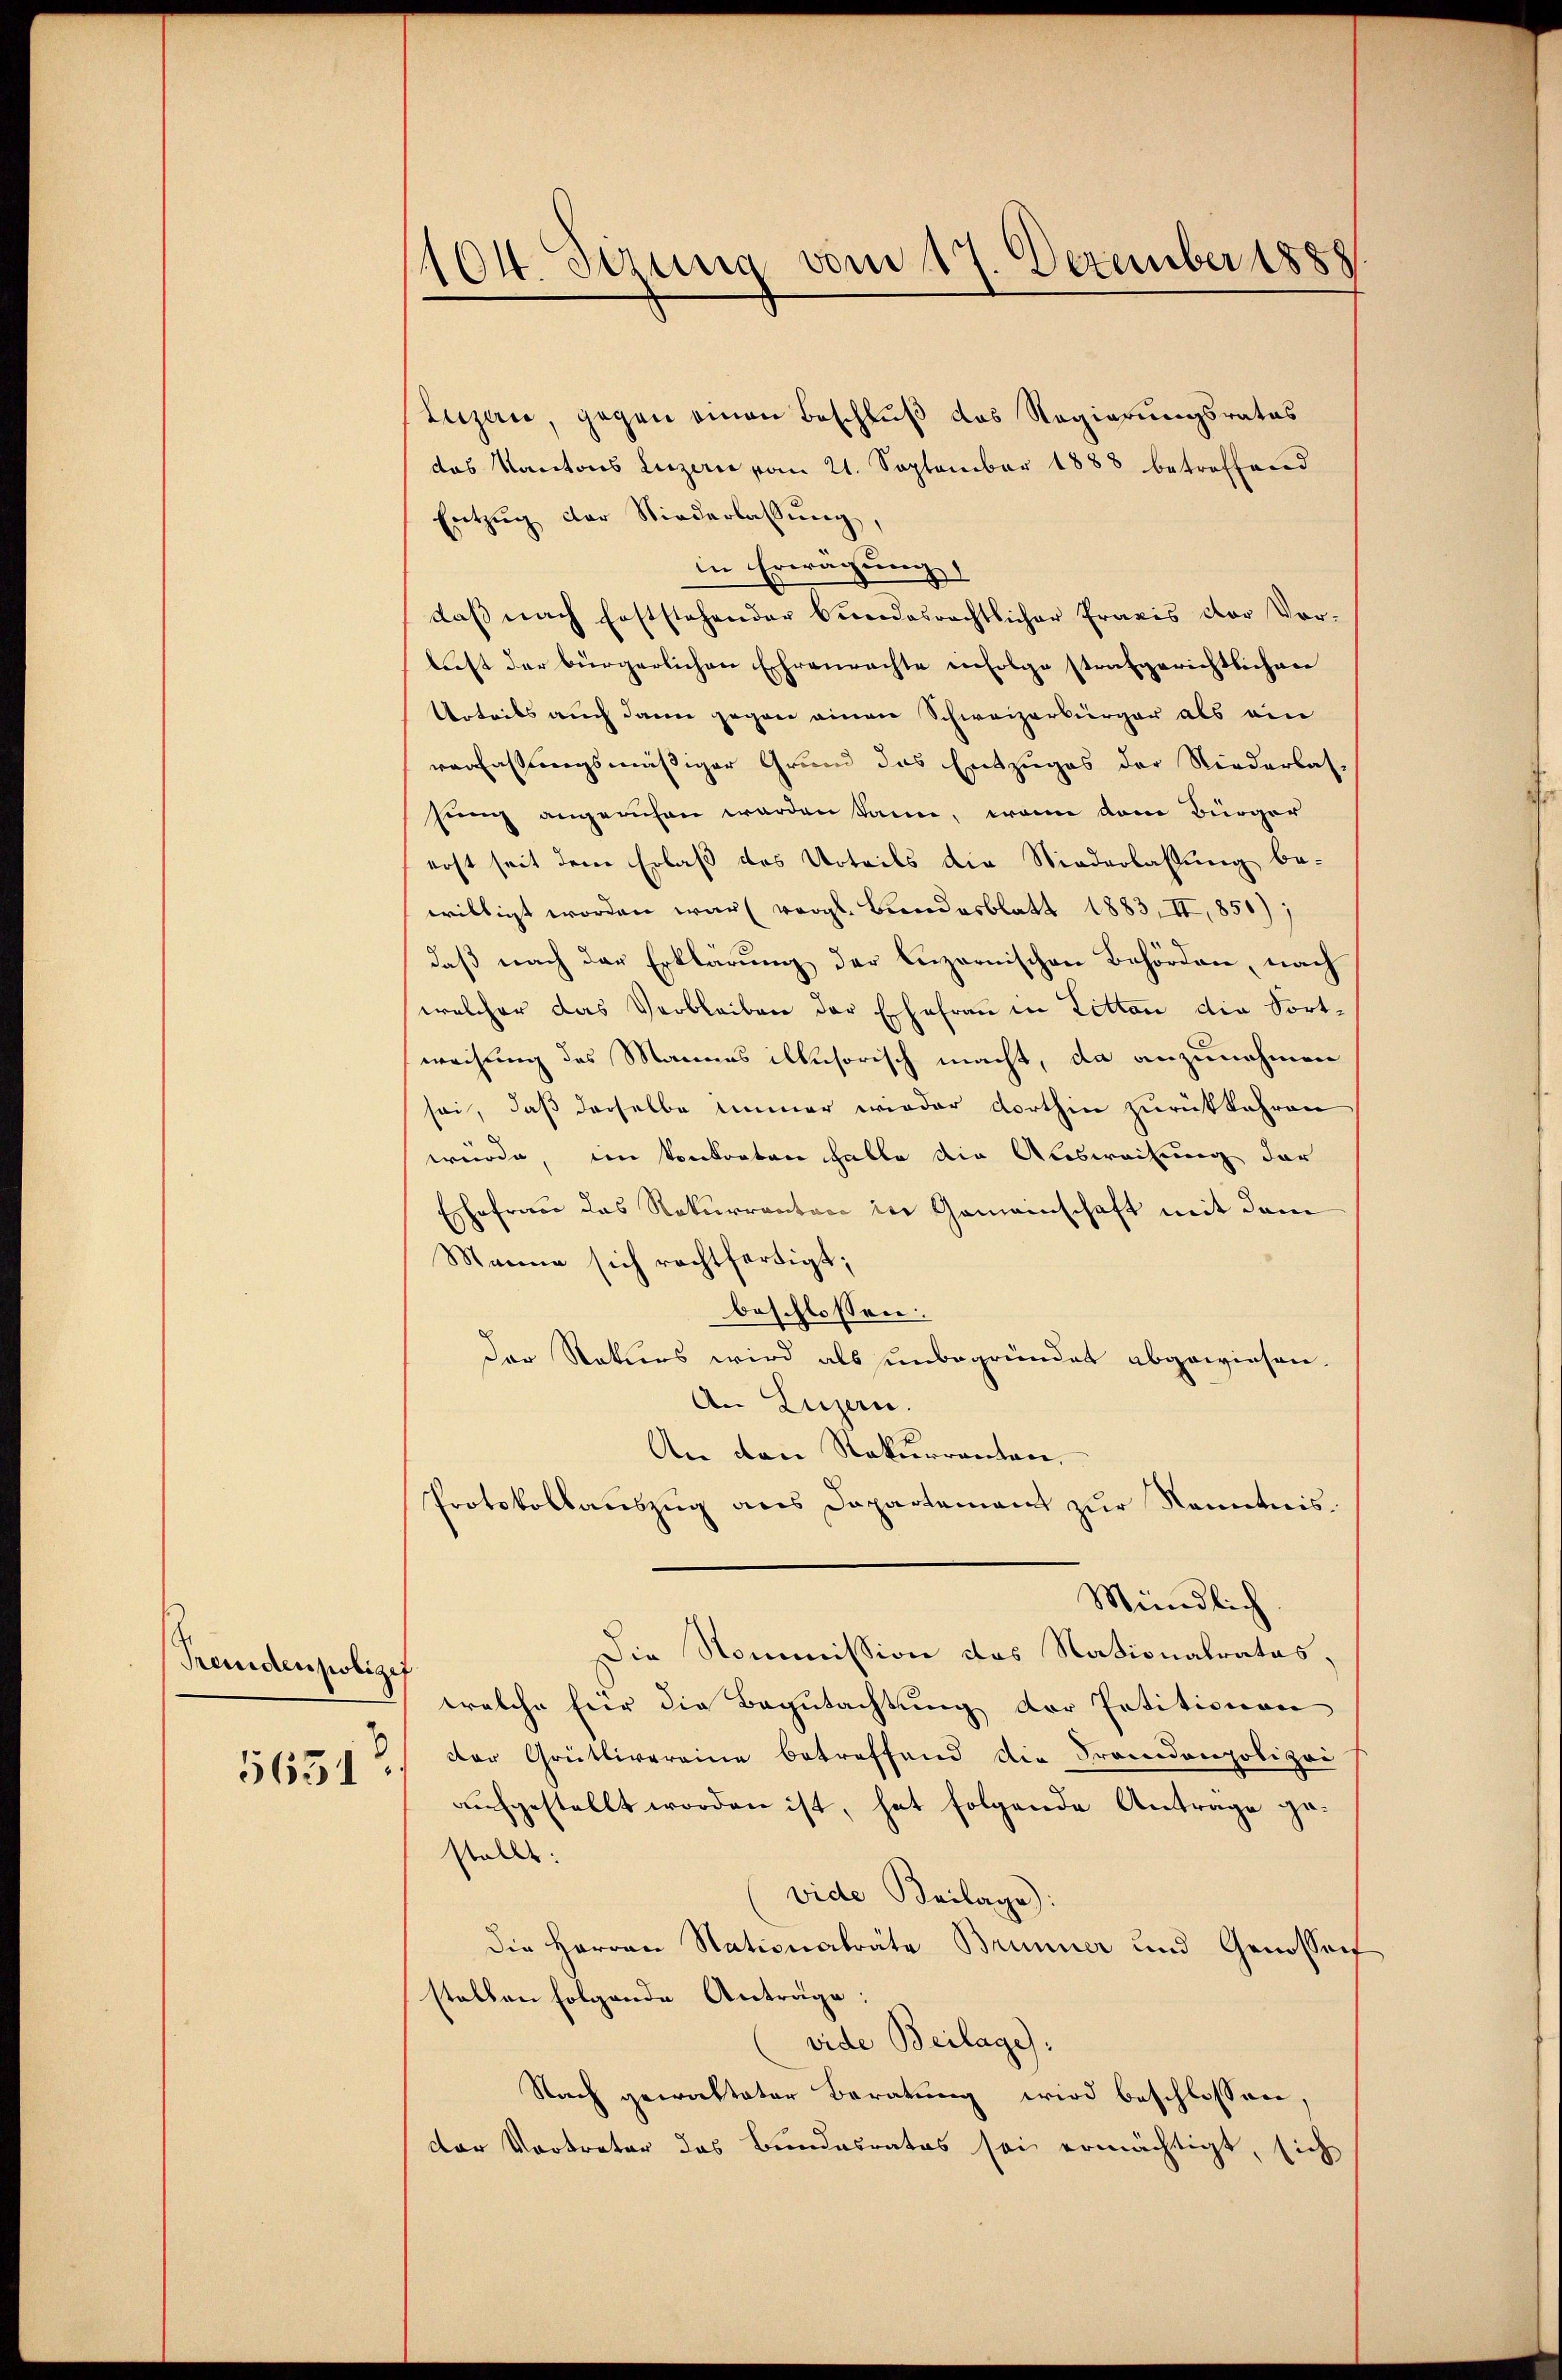
Freudenzweigef
5631

104. Sezung vom 17. Dezember 1888

Luzau, gegen einen Beschluß das Regierungsrates
das Kantons Luzern vom 21. September 1888 betreffend
Entzŭg der Niederlassŭng
in Erwägung
daß nach feststehender Bundesrechtlicher Praxis cor Vor-
lust der bürgerlichen Ehrenrachte infolge strafgerichtlichen
Urteils auch dann gegen einen Schweizerbürger als ein
verlassungsmäßiger Grund das Entzuges der Niederlas-
sung angerufen werden kann, wenn dem Bürger
erst seit dem Erlaß des Urteils die Niederlassung bewilligt worden war vergl. Bindesblatt 1883, II, 850);
daß nach der Erklärung der Luzernischen Behörden, nach
welcher das Verbleiben der Erfahren in Litten die Fortweisung des Mannes illusorisch macht, da anzunehmen
sei, daß derselbe immer wieder dorthin zurückkehren
würde, im Konkorten habte die Ausweisung der
Ehefrau das Rekurrenten der Gemeinschaft mit dem
Manne sich rechtfertigt;
beschlossen:
Der Rekurs wird als unbegründet abgewiesen.
An Luzern.
An den Rekurrenten,
Protokollauszug als Departement zur Kenntnis.
Mündlich
Die Nommission des Nationalrates,
welche für die Begutachtung der Petitionen
der Grütlivereine betreffend die Fremdenpolizei
aufgestellt worden ist, hat folgende Antrage gestellt:
(vide Beilage).
die Herren Nationalräte Brunner und Genosserf
stellen folgende Antrage.
vide Beilage):
Nach gewalteter Beratung wird beschlossen,
der Vortreter das Bundesrates sei ermächtigt, sich